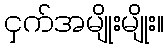
ငှက်အမျိုးမျိုး။